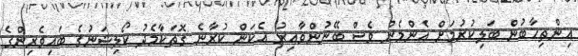
އިންތިހާބުން ބަލިކުރުމަށް އެންމެން ވެސް ބޭނުންވާއިރު އެކަން ކުރާނެ ގޮތަކާމެދު ކޯލިޝަނުގެ ބައިވެރިންގެ